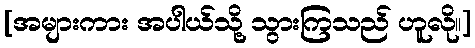
[အများကား အပါယ်သို့ သွားကြသည် ဟူလို။]